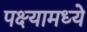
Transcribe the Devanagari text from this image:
पक्ष्यामध्ये